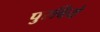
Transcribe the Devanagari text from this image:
पुरबिये